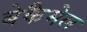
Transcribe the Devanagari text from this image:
बेकैमेल